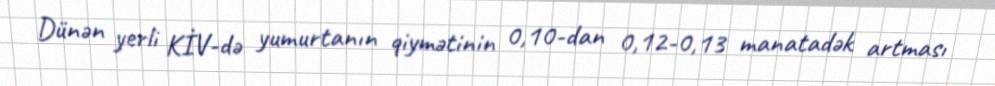
Dünən yerli KİV-də yumurtanın qiymətinin 0,10-dan 0,12-0,13 manatadək artması